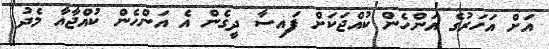
އަށް އަހަރުގެ އަންހެން ކުއްޖަކަށް ފައިސާ ދީގެން އެ އަންހެން ކުއްޖާއާ މެދު